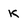
Character: K